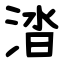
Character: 涾